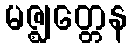
မဇ္ဈတ္တေန